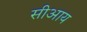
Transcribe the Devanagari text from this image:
सीआय